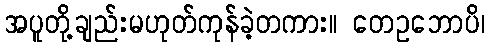
အပူတို့ချည်းမဟုတ်ကုန်ခဲ့တကား။ တေဥဘောပိ၊